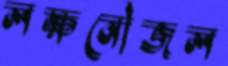
লক্ষনৌজল